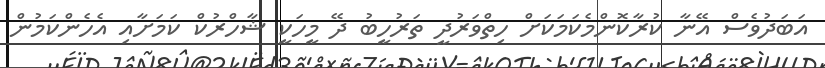
އަބަދުވެސް އޭނާ ކުރާކޮންމެކަމަކަށް ހިތްވަރުދީ ތަރުހީބު ދޭ މީހަކީ ޝާހްރުކް ކަމަށާއި އެހެންކަމުން